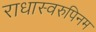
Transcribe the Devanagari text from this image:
राधास्वरुपिनम